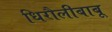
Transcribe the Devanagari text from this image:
धिरौलीबाबू